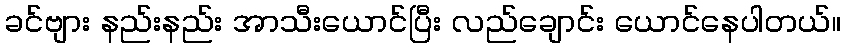
ခင်ဗျား နည်းနည်း အာသီးယောင်ပြီး လည်ချောင်း ယောင်နေပါတယ်။